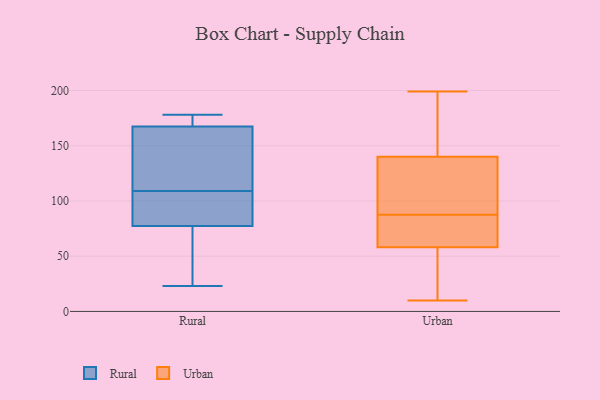
{"axis": {"x": "Market Share (%)", "y": "Value"}, "legend": ["Rural", "Urban"], "data": [{"x": "", "y": 94, "type": "Rural"}, {"x": "", "y": 47, "type": "Rural"}, {"x": "", "y": 178, "type": "Rural"}, {"x": "", "y": 172, "type": "Rural"}, {"x": "", "y": 109, "type": "Rural"}, {"x": "", "y": 167, "type": "Rural"}, {"x": "", "y": 169, "type": "Rural"}, {"x": "", "y": 79, "type": "Rural"}, {"x": "", "y": 85, "type": "Rural"}, {"x": "", "y": 23, "type": "Rural"}, {"x": "", "y": 72, "type": "Rural"}, {"x": "", "y": 135, "type": "Rural"}, {"x": "", "y": 148, "type": "Rural"}, {"x": "", "y": 199, "type": "Urban"}, {"x": "", "y": 53, "type": "Urban"}, {"x": "", "y": 164, "type": "Urban"}, {"x": "", "y": 47, "type": "Urban"}, {"x": "", "y": 178, "type": "Urban"}, {"x": "", "y": 10, "type": "Urban"}, {"x": "", "y": 159, "type": "Urban"}, {"x": "", "y": 116, "type": "Urban"}, {"x": "", "y": 58, "type": "Urban"}, {"x": "", "y": 92, "type": "Urban"}, {"x": "", "y": 60, "type": "Urban"}, {"x": "", "y": 119, "type": "Urban"}, {"x": "", "y": 83, "type": "Urban"}, {"x": "", "y": 74, "type": "Urban"}, {"x": "", "y": 139, "type": "Urban"}, {"x": "", "y": 71, "type": "Urban"}, {"x": "", "y": 26, "type": "Urban"}, {"x": "", "y": 140, "type": "Urban"}]}